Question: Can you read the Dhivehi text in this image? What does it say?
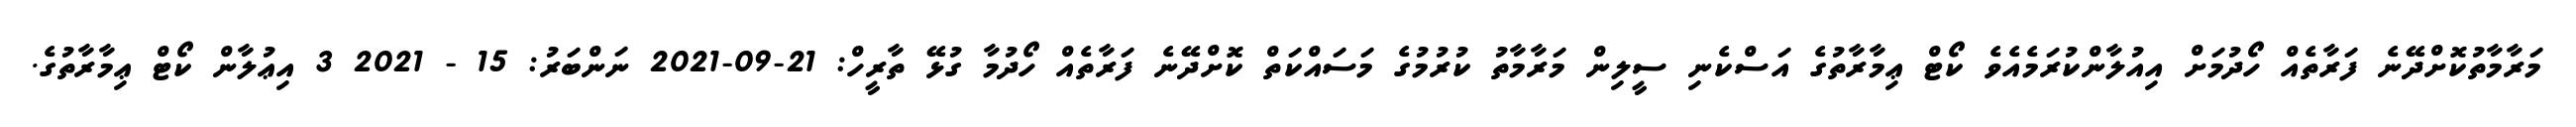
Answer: މަރާމާތުކޮށްދޭނެ ފަރާތެއް ހޯދުމަށް އިއުލާންކުރަމެއެވެ ކޯޓް ޢިމާރާތުގެ އަސްކެނި ސީލިން މަރާމާތު ކުރުމުގެ މަސައްކަތް ކޮށްދޭނެ ފަރާތެއް ހޯދުމާ ގުޅޭ ތާރީހް: 21-09-2021 ނަންބަރު: 15 - 2021 3 އިޢުލާން ކޯޓް ޢިމާރާތުގެ.